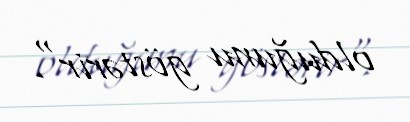
olduğunu göstərir".